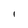
Character: l